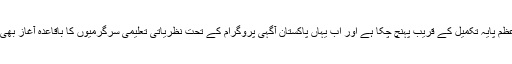
ایوان قائداعظمؒ پایۂ تکمیل کے قریب پہنچ چکا ہے اور اب یہاں پاکستان آگہی پروگرام کے تحت نظریاتی تعلیمی سرگرمیوں کا باقاعدہ آغاز بھی ہوگیا ہے۔